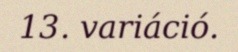
13. variáció.